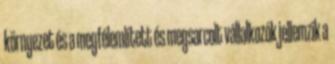
környezet és a megfélemlített és megsarcolt vállalkozók jellemzik a